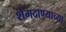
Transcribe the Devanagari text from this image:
शेंगदाण्याच्या